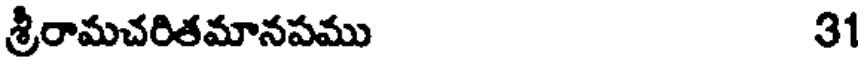
శ్రీరామచరితమానపము 31